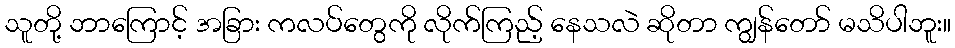
သူတို့ ဘာကြောင့် အခြား ကလပ်တွေကို လိုက်ကြည့် နေသလဲ ဆိုတာ ကျွန်တော် မသိပါဘူး။